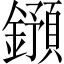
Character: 𨮌